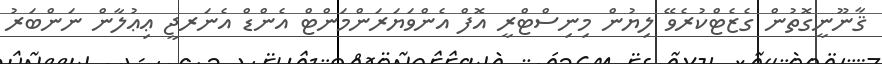
ޤާނޫނީގޮތުން ގެޒެޓްކުރެވޭ ލިޔުން މިނިސްޓްރީ އޮފް އެންވަޔަރަންމަންޓް އެންޑް އެނަރޖީ ޢިޢުލާން ނަންބަރު